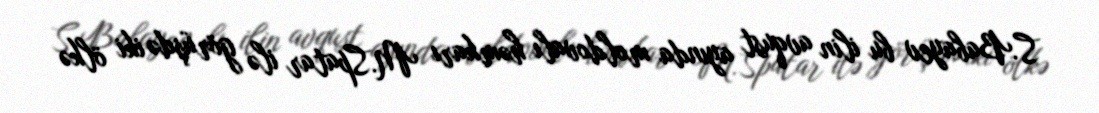
S.Babayev bu ilin avqust ayında moldovalı həmkarı M.Spatar ilə görüşdə iki ölkə